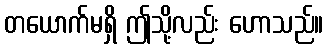
တယောက်မရှိ ဤသို့လည်း ဟောသည်။